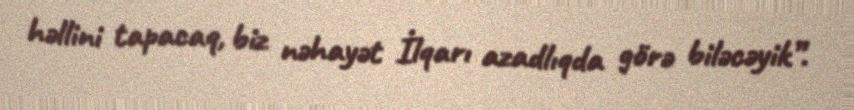
həllini tapacaq, biz nəhayət İlqarı azadlıqda görə biləcəyik”.